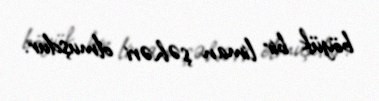
böyük bir liman şəhəri olmuşdur.